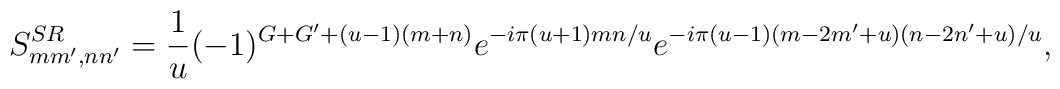
S^{SR}_{mm',nn'}=\frac{1}{u} (-1)^{G+G'+(u-1)(m+n)}e^{-i\pi(u+1)mn/u} e^{-i\pi(u-1)(m-2m'+u)(n-2n'+u)/u},